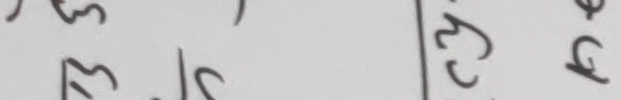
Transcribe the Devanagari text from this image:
२
३
१
३
च्य
फ